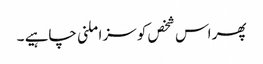
پھر اس شخص کو سزا ملنی چاہیے ۔